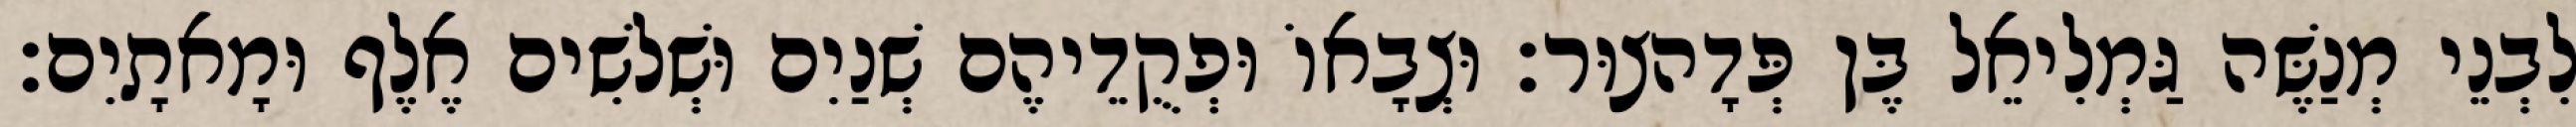
לִבְנֵי מְנַשֶּׁה גַּמְלִיאֵל בֶּן פְּדָהצוּר׃ וּצְבָאוֹ וּפְקֻדֵיהֶם שְׁנַיִם וּשְׁלשִׁים אֶלֶף וּמָאתָיִם׃